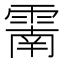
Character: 𩄑